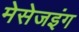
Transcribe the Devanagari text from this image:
मेसेजइंग